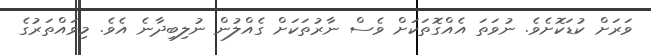
ވަރަށް ކުޑަކޮށެވެ. ނުވަތަ އެއްގޮތަކަށް ވެސް ނާރުތަކަށް ގެއްލުން ނުލިބިދާނެ އެވެ. މިވައްތަރުގެ